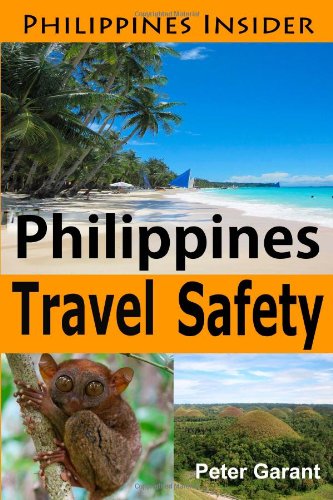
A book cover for Philippines Travel Safety: Making It More Fun in the Philippines! (Philippines Insider) (Volume 1); Mr Peter Garant; Travel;